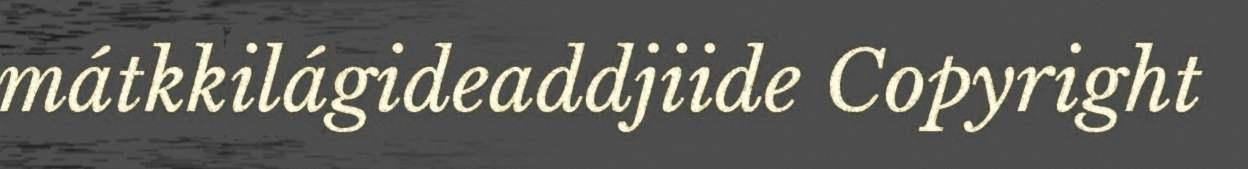
mátkkilágideaddjiide Copyright